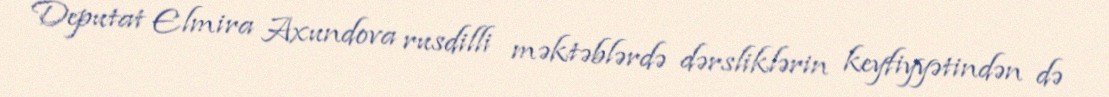
Deputat Elmira Axundova rusdilli məktəblərdə dərsliklərin keyfiyyətindən də